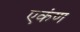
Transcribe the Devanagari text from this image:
एकंण